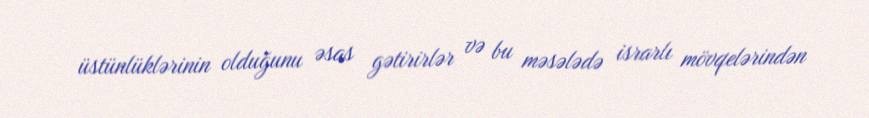
üstünlüklərinin olduğunu əsas gətirirlər və bu məsələdə israrlı mövqelərindən